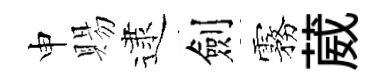
申賜逮劍霧葳